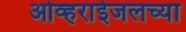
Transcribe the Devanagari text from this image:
ओव्हराईजलच्या